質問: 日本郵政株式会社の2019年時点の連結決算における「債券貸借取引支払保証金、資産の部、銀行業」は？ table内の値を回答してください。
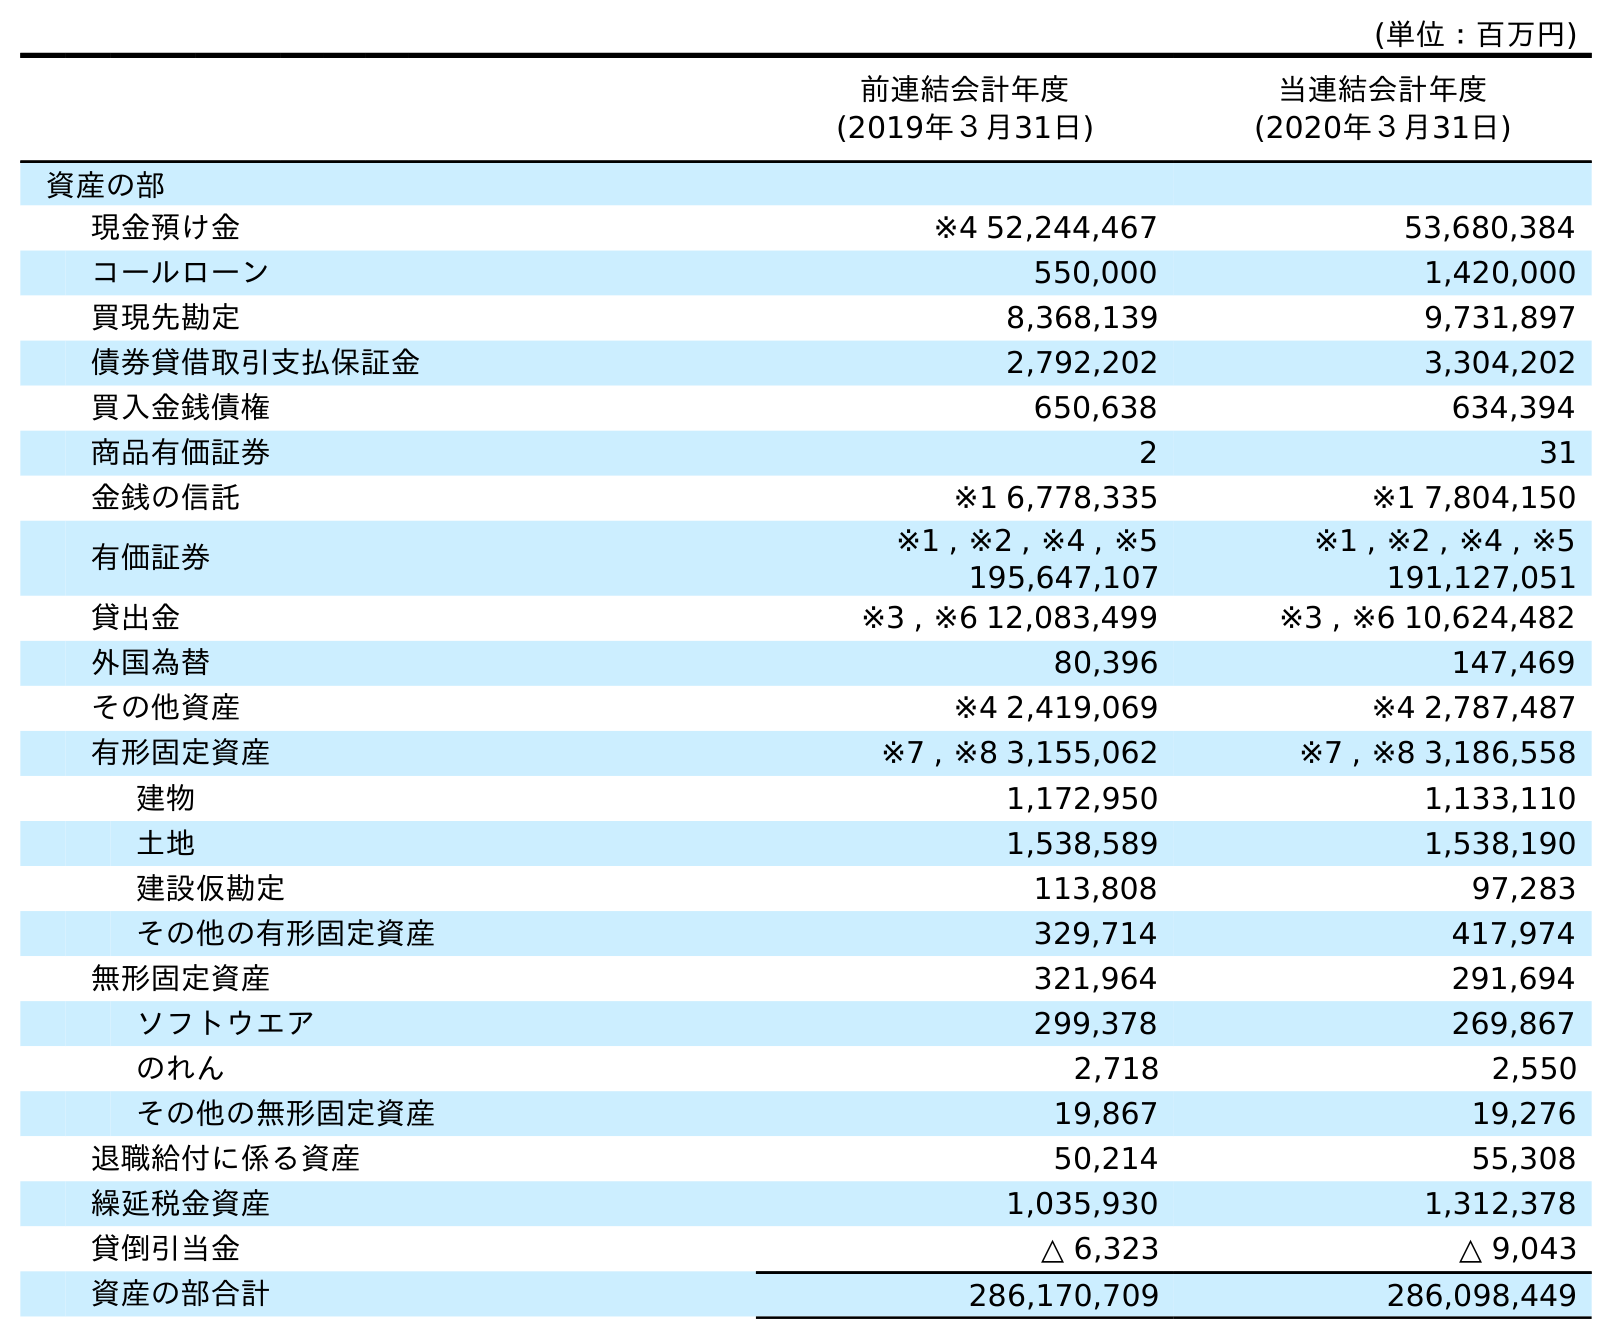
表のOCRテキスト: (単位：百万円) 前連結会計年度 (2019年３月31日) 当連結会計年度 (2020年３月31日) 資産の部 現金預け金 ※4 52,244,467 53,680,384 コールローン 550,000 1,420,000 買現先勘定 8,368,139 9,731,897 債券貸借取引支払保証金 2,792,202 3,304,202 買入金銭債権 650,638 634,394 商品有価証券 2 31 金銭の信託 ※1 6,778,335 ※1 7,804,150 有価証券 ※1 , ※2 , ※4 , ※5 195,647,107 ※1 , ※2 , ※4 , ※5 191,127,051 貸出金 ※3 , ※6 12,083,499 ※3 , ※6 10,624,482 外国為替 80,396 147,469 その他資産 ※4 2,419,069 ※4 2,787,487 有形固定資産 ※7 , ※8 3,155,062 ※7 , ※8 3,186,558 建物 1,172,950 1,133,110 土地 1,538,589 1,538,190 建設仮勘定 113,808 97,283 その他の有形固定資産 329,714 417,974 無形固定資産 321,964 291,694 ソフトウエア 299,378 269,867 のれん 2,718 2,550 その他の無形固定資産 19,867 19,276 退職給付に係る資産 50,214 55,308 繰延税金資産 1,035,930 1,312,378 貸倒引当金 △ 6,323 △ 9,043 資産の部合計 286,170,709 286,098,449
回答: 2,792,202